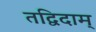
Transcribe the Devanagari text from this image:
तद्विदाम्